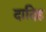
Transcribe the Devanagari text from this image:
दादिह